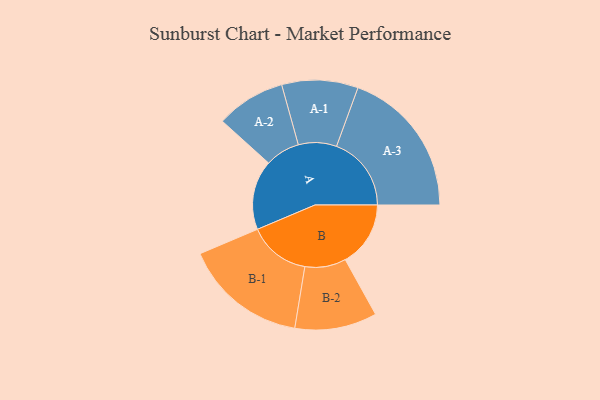
{"axis": {"x": "Segment", "y": "Value"}, "legend": ["", "A", "B"], "data": [{"x": "A", "y": 241, "type": ""}, {"x": "B", "y": 226, "type": ""}, {"x": "A-1", "y": 132, "type": "A"}, {"x": "A-2", "y": 120, "type": "A"}, {"x": "A-3", "y": 259, "type": "A"}, {"x": "B-1", "y": 214, "type": "B"}, {"x": "B-2", "y": 142, "type": "B"}]}